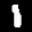
Label: 1